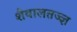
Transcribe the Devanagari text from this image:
शैवालतज्ज्ञ